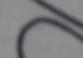
Signature authenticity: forged